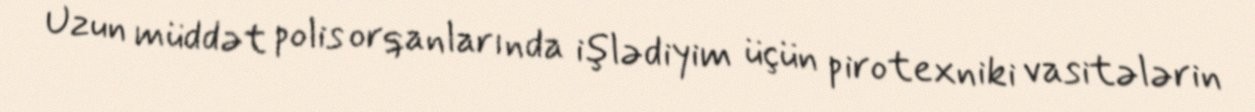
Uzun müddət polis orqanlarında işlədiyim üçün pirotexniki vasitələrin